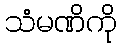
သံမဏိကို